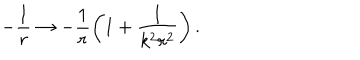
- \frac { 1 } { r } \rightarrow - \frac { 1 } { r } \left( 1 + \frac { 1 } { k ^ { 2 } r ^ { 2 } } \right) .